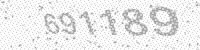
Solution: 691189